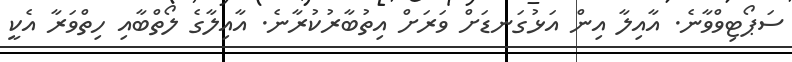
ސަޕޯޓިވްވާނެ. އާއިލާ އިން އަޅުގަނޑަށް ވަރަށް އިތުބާރުކުރާނެ. އާއިލާގެ ލޯތްބާއި ހިތްވަރާ އެކީ